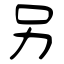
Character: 另